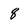
Character: 8